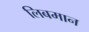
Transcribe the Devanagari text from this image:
लिबमान